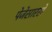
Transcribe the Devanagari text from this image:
पेजेसारखे